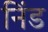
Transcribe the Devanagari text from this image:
निंड